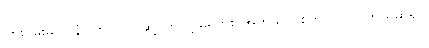
ကြိုးပမ်းမှုက နံပါတ် (၁)၊ ဆို့ပိတ်လို့ မရဘူး၊ အကုသိုလ်စိတ် ဝင်လာတယ်ဆိုရင်